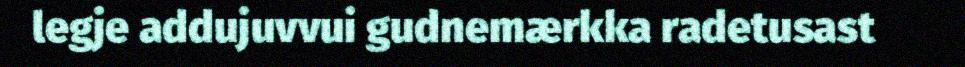
legje addujuvvui gudnemærkka radetusast